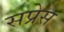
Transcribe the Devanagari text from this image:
सप्रेस